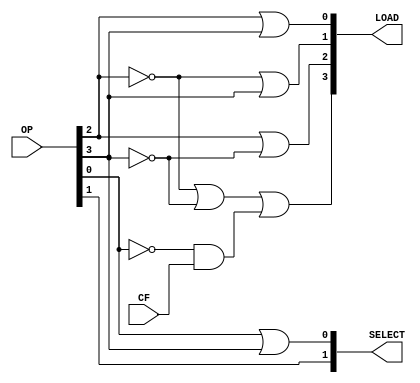
module decoder(OP, CF, LOAD, SELECT);
    input [3:0]OP;
    input CF;
    output [3:0]LOAD;
    output [1:0]SELECT;
    wire a,b,c,d;

    assign a = ((~OP[0]) & CF);
    assign b = (~OP[2]);
    assign c = (~OP[3]);
    assign d = (~OP[2]) | (~OP[3]) | ((~OP[0]) & CF);

    assign SELECT[0] = OP[0] | OP[3];
    assign SELECT[1] = OP[1];
    
    assign LOAD[0] = OP[2] | OP[3];
    assign LOAD[1] = (~OP[2]) | OP[3];
    assign LOAD[2] = OP[2] | (~OP[3]);
    assign LOAD[3] = (~OP[2]) | (~OP[3]) | ((~OP[0]) & CF);
endmodule